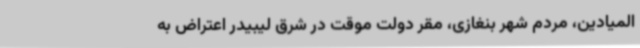
المیادین، مردم شهر بنغازی، مقر دولت موقت در شرق لیبیدر اعتراض به